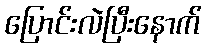
ပြောင်းလဲပြီးနောက်